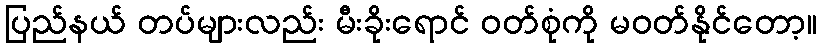
ပြည်နယ် တပ်များလည်း မီးခိုးရောင် ဝတ်စုံကို မဝတ်နိုင်တော့။